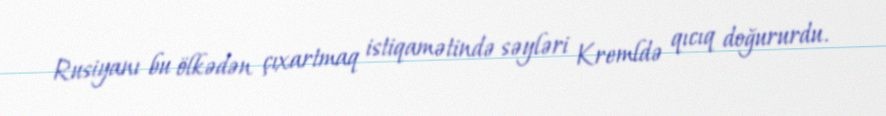
Rusiyanı bu ölkədən çıxartmaq istiqamətində səyləri Kremldə qıcıq doğururdu.